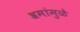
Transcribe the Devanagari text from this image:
श्रमांमुळे